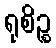
ရုစိဉ္စ